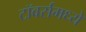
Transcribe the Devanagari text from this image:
टॉवर्समध्ये